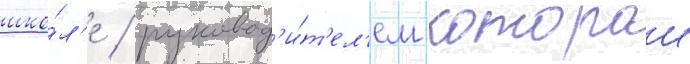
шко́л'е / руковод'и́т'ел'ем которои